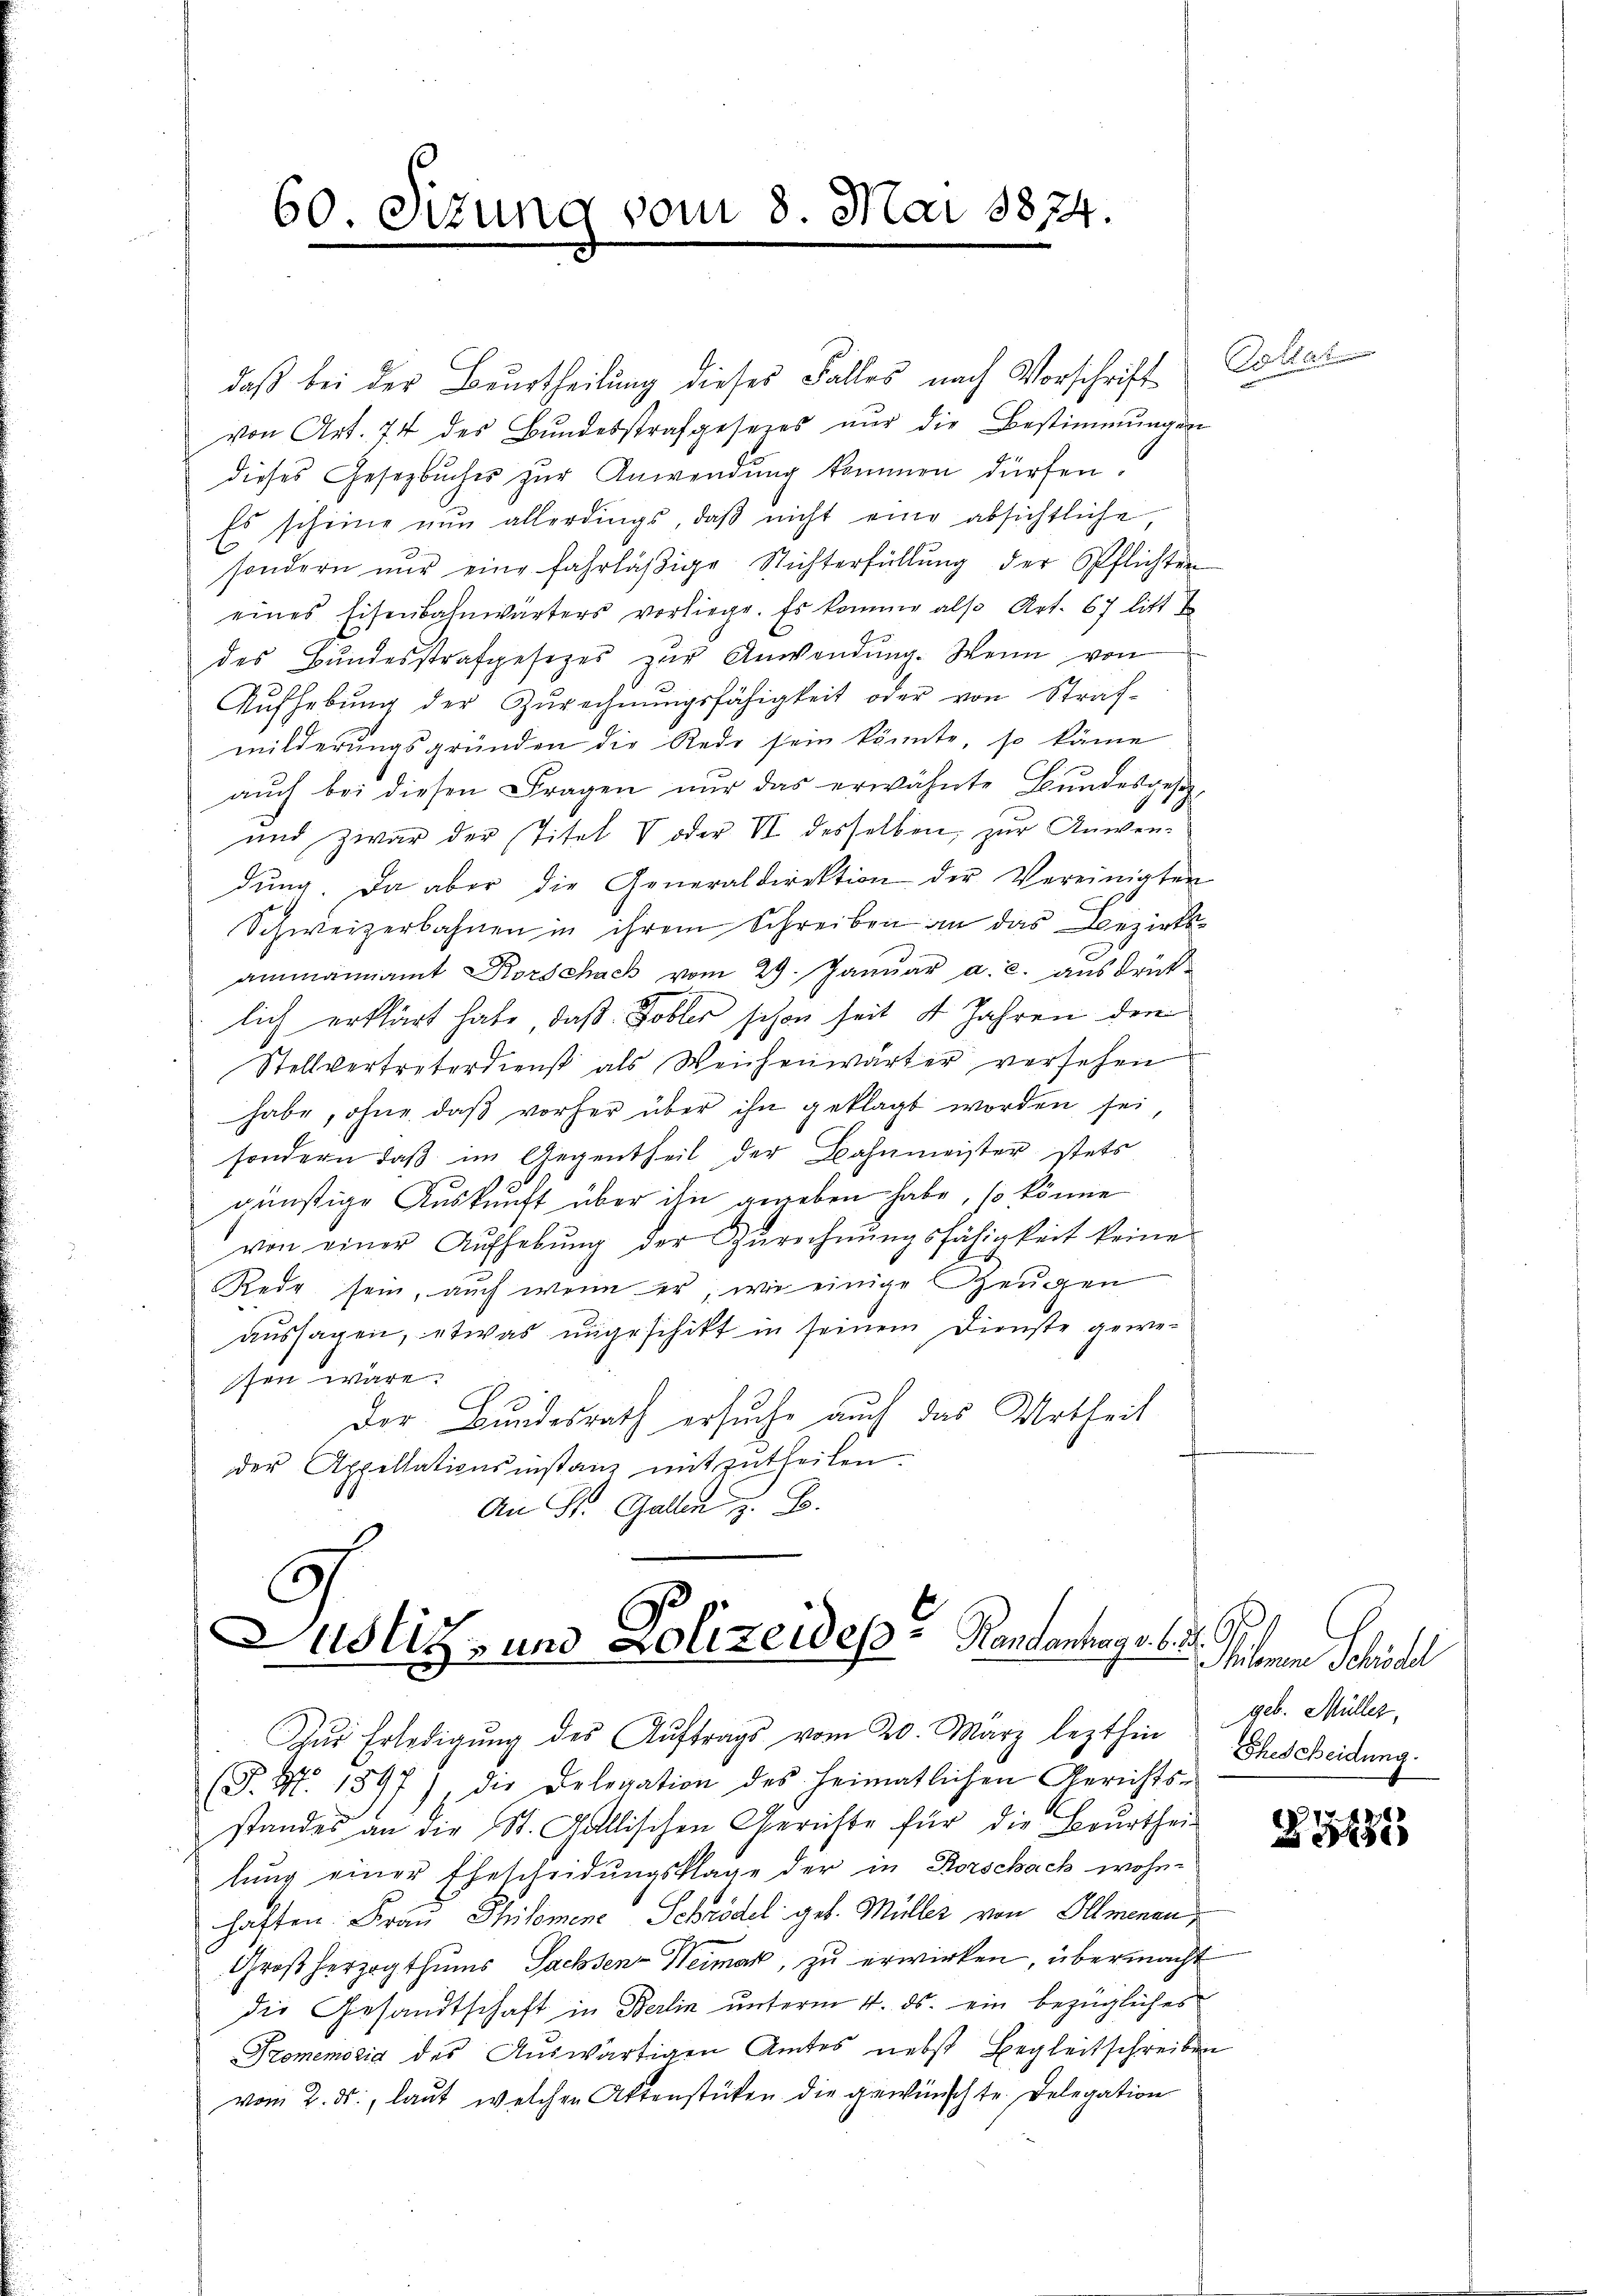
60. Sitzung vom 8. Mai 1874.

daß bei der Beurtheilung dieses Falles nach Vorschrift
von Art. 74 des Bundesstrafgesezes nur die Bestimmungen
dieses Gesetzbuches zur Anwendung kommen dürfen.
Es scheine nŭn allerdings, daβ nicht eine absichtliche
sondern nur eine fahrläßige Nichterfüllung der Pflichten
eines Eisenbahnwärters vorliege. Es komme also Art. 67 litt d
des Bundesstrafgesetzes zur Anwendung. Wenn von
Aŭfhebŭng der Zŭrechnŭngsfähigkeit oder von Straf-
milderungsgründen die Rede sein könnte, so käme
aŭch bei diesen Fragen nur das erwähnte Bundesgesez¬
.
und zwar der Titel V oder VI desselben, zur Anwen-
dŭng. Da aber die Generaldirektion der Vereinigten
C
Schweizerbahnen in ihrem Schreiben an das Bezirksammannamt Korschach vom 29. Januar a. c. ausdrück-
lich erklärt habe, daß Tobler schon seit 4 Jahren dem
Stellvertreterdienst als Weichenwärter versehen
habe, ohne daß vorher über ihn geklagt worden sei,
sondern daβ im Gegentheil der Bahnmeister stets
günstige Auskunft über ihn gegeben habe, so könne
von einer Aufhebung der Zurechnungsfähigkeit keine
Rede sein, auch wenn er, wie einige Zeugen
aussagen, etwas ungeschikt in seinem Dienste gewesen wäre.
Der Bundesrath ersuche auch das Urtheil
der Appellationsinstanz mitzutheilen.
An St. Gallen z. B.

9
Justiz- und Polizeides Kantonage be

Aŭr Erledigŭng des Aŭftrags vom 20. März lezthin Ehescheidung
(P. Nr. 1597), die Delegation des heimatlichen Gerichts-

Dollat

standes an die St. Gallischen Gerichte für die Beurtheil
lung einer Ehescheidungsklage der in Rorschach wohnhaften. Frau Thilomene Schrödel geb. Müller von Illmenan
Großherzogthums Sachsen-Weimat, zu erwirken, übermacht
die Gesandtschaft in Berlin unterm 4. ds. ein bezügliches
Promemoria des Auswärtigen Amtes nebst Begleitschreiben
vom 2. ds., laut welchen Aktenstücken die gewünschte. Delegation

90.
Milomine Schrödel
geb. Müller,

.
Z 3295